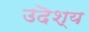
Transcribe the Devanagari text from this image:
उदॆश्य